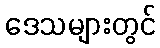
ဒေသများတွင်